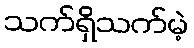
သက်ရှိသက်မဲ့